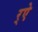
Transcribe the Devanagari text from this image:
र्‌ऐ